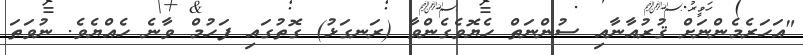
"އަހަރެމެންނަށް ޤުރުއާނާއި ސުންނަތް ހެޔޮވެގެންވާ (ރަނގަޅު) ގޮތުގައި ފަހުމް ވާނެ ހެއްޔެވެ. ނުވަތަ